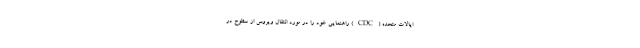
ایالات متحده (CDC) راهنمایی خود را در مورد انتقال ویروس از سطوح در